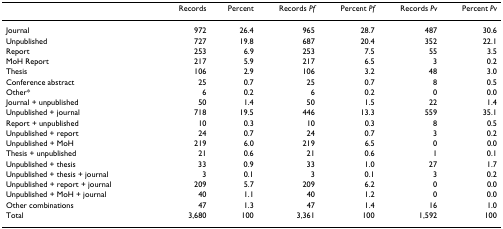
<table><thead><tr><td></td><td><b>Records</b></td><td><b>Percent</b></td><td><b>Records <i>Pf</i></b></td><td><b>Percent <i>Pf</i></b></td><td><b>Records <i>Pv</i></b></td><td><b>Percent <i>Pv</i></b></td></tr></thead><tbody><tr><td>Journal</td><td>972</td><td>26.4</td><td>965</td><td>28.7</td><td>487</td><td>30.6</td></tr><tr><td>Unpublished</td><td>727</td><td>19.8</td><td>687</td><td>20.4</td><td>352</td><td>22.1</td></tr><tr><td>Report</td><td>253</td><td>6.9</td><td>253</td><td>7.5</td><td>55</td><td>3.5</td></tr><tr><td>MoH Report</td><td>217</td><td>5.9</td><td>217</td><td>6.5</td><td>3</td><td>0.2</td></tr><tr><td>Thesis</td><td>106</td><td>2.9</td><td>106</td><td>3.2</td><td>48</td><td>3.0</td></tr><tr><td>Conference abstract</td><td>25</td><td>0.7</td><td>25</td><td>0.7</td><td>8</td><td>0.5</td></tr><tr><td>Other*</td><td>6</td><td>0.2</td><td>6</td><td>0.2</td><td>0</td><td>0.0</td></tr><tr><td>Journal + unpublished</td><td>50</td><td>1.4</td><td>50</td><td>1.5</td><td>22</td><td>1.4</td></tr><tr><td>Unpublished + journal</td><td>718</td><td>19.5</td><td>446</td><td>13.3</td><td>559</td><td>35.1</td></tr><tr><td>Report + unpublished</td><td>10</td><td>0.3</td><td>10</td><td>0.3</td><td>8</td><td>0.5</td></tr><tr><td>Unpublished + report</td><td>24</td><td>0.7</td><td>24</td><td>0.7</td><td>3</td><td>0.2</td></tr><tr><td>Unpublished + MoH</td><td>219</td><td>6.0</td><td>219</td><td>6.5</td><td>0</td><td>0.0</td></tr><tr><td>Thesis + unpublished</td><td>21</td><td>0.6</td><td>21</td><td>0.6</td><td>1</td><td>0.1</td></tr><tr><td>Unpublished + thesis</td><td>33</td><td>0.9</td><td>33</td><td>1.0</td><td>27</td><td>1.7</td></tr><tr><td>Unpublished + thesis + journal</td><td>3</td><td>0.1</td><td>3</td><td>0.1</td><td>3</td><td>0.2</td></tr><tr><td>Unpublished + report + journal</td><td>209</td><td>5.7</td><td>209</td><td>6.2</td><td>0</td><td>0.0</td></tr><tr><td>Unpublished + MoH + journal</td><td>40</td><td>1.1</td><td>40</td><td>1.2</td><td>0</td><td>0.0</td></tr><tr><td>Other combinations</td><td>47</td><td>1.3</td><td>47</td><td>1.4</td><td>16</td><td>1.0</td></tr><tr><td>Total</td><td>3,680</td><td>100</td><td>3,361</td><td>100</td><td>1,592</td><td>100</td></tr></tbody></table>